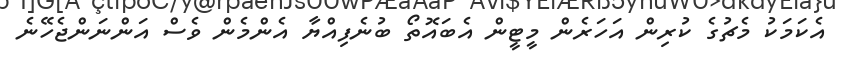
އެކަމަކު މެޗުގެ ކުރިން އަހަރެން މީޓީން އެބައޮތޯ ބުނެފިއްޔާ އެންމެން ވެސް އަންނަންޖެހޭނެ